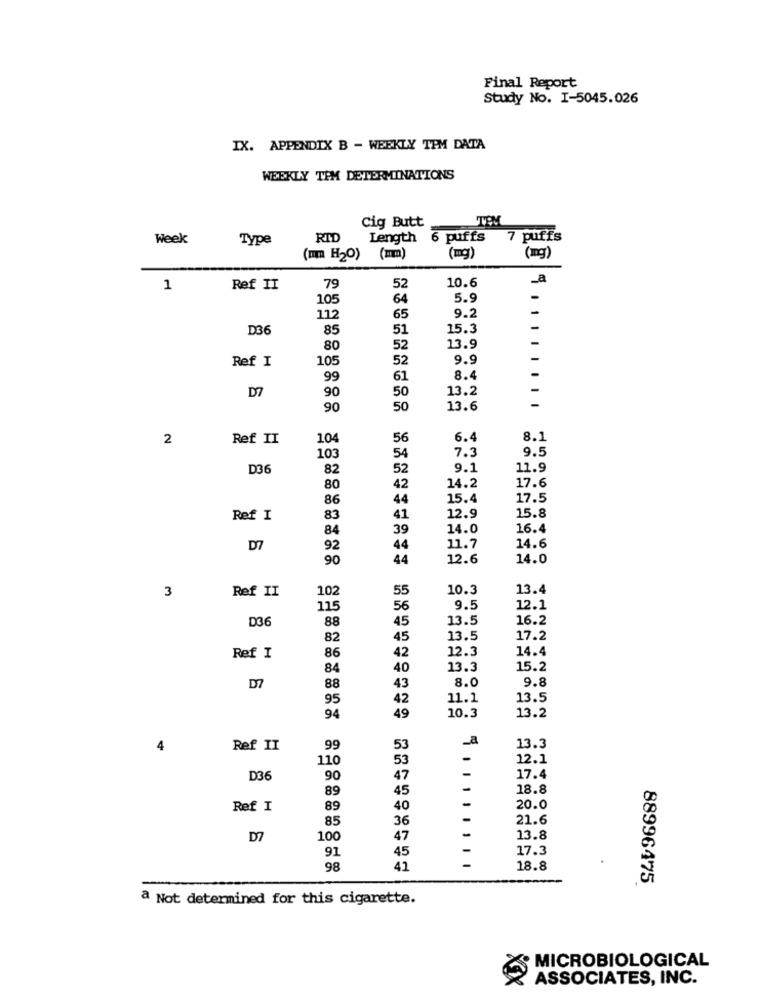
Final Report
Study No. I-5045.026
IX. APPENDIX B - WEEKLY TPM DATA
WEEKLY TPM DETERMINATIONS
Cig Butt
TEM
Week
Type
RID
Length 6 puffs
7 puffs
(mm H2O) (mm)
(mg
(mg)
10.6
_a
1
Ref II
79
52
105
64
5.9
9.2
112
65
D36
85
51
15.3
80
52
13.9
Ref I
10
52
9.9
99
61
8.4
D7
90
13.2
50
90
50
13.6
2
Ref II
104
56
6.4
8.1
103
7.3
9.5
54
D36
82
52
9.1
11.9
17.6
80
42
14.2
86
44
15.4
17.5
Ref I
83
41
12.9
15.8
84
39
14.0
16.4
D7
92
44
11.7
14.6
90
44
12.6
14.0
3
Ref II
10
55
10.3
13.4
115
56
9.5
12.1
D36
88
45
13.5
16.2
82
45
13.5
17.2
Ref I
12.3
14.4
86
42
84
40
13.3
15.2
8.0
9.8
D7
88
43
95
42
11.1
13.5
13.2
94
49
10.3
_a
Ref II
99
53
13.3
110
53
12.1
D36
90
47
-
17.4
89
45
-
18.8
Ref I
89
40
-
20.0
85
36
-
21.6
D7
100
47
13.8
91
45
17.3
98
42
18.8
88996475
a Not determined for this cigarette.
MICROBIOLOGICAL
ASSOCIATES, INC.